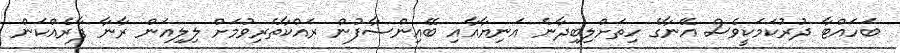
ބަހައްޓާ ދުރުކަމަކީވެސް އޭނާގެ ހިތަށްލިބިދާނެ އަނިޔާއާއި ބޭއިންސާފުން ރައްކާތެރިވުމަށް ލިލިއަން ރާނާ ފާރެއްކަން